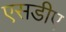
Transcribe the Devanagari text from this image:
एसडीए